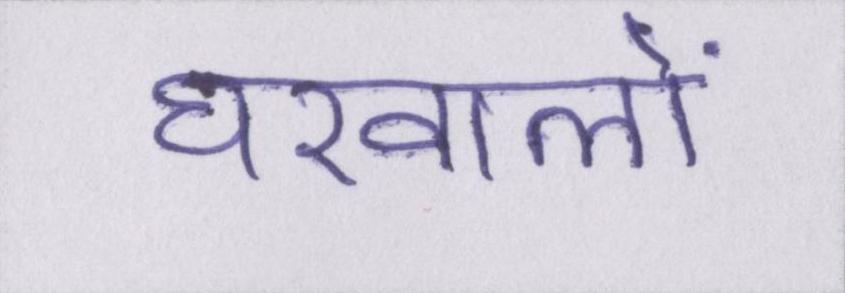
घरवालों